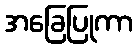
အခြေပြုကာ